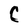
Character: C